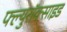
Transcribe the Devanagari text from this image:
फ्ल्युरॉक्साइड